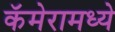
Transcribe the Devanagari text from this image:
कॅमेरामध्ये